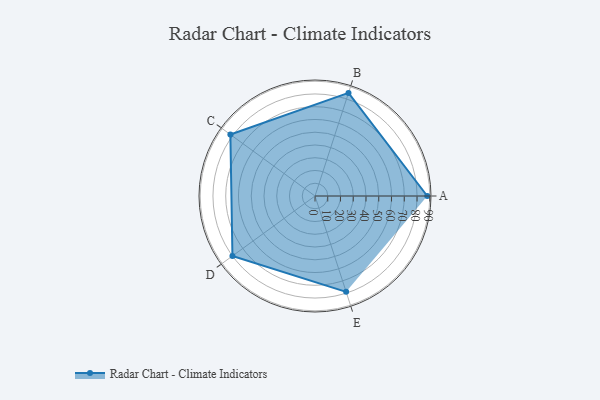
{"axis": {"x": "Skill", "y": "Score"}, "legend": ["Profile"], "data": [{"x": "A", "y": 88.0, "type": "Profile"}, {"x": "B", "y": 85.0, "type": "Profile"}, {"x": "C", "y": 82.0, "type": "Profile"}, {"x": "D", "y": 80.0, "type": "Profile"}, {"x": "E", "y": 79.0, "type": "Profile"}]}